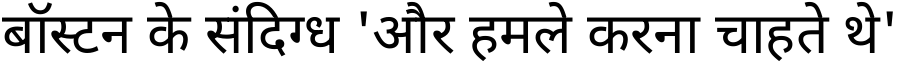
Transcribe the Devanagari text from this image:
बॉस्टन के संदिग्ध 'और हमले करना चाहते थे'